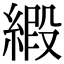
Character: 𫟁